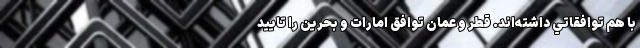
با هم توافقاتي داشته‌اند. قطر و عمان توافق امارات و بحرين را تاييد